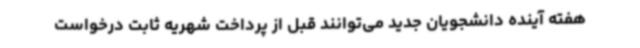
هفته آینده دانشجویان جدید می‌توانند قبل از پرداخت شهریه ثابت درخواست